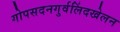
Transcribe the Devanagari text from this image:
गोपसदनगुर्वलिंदखेलन